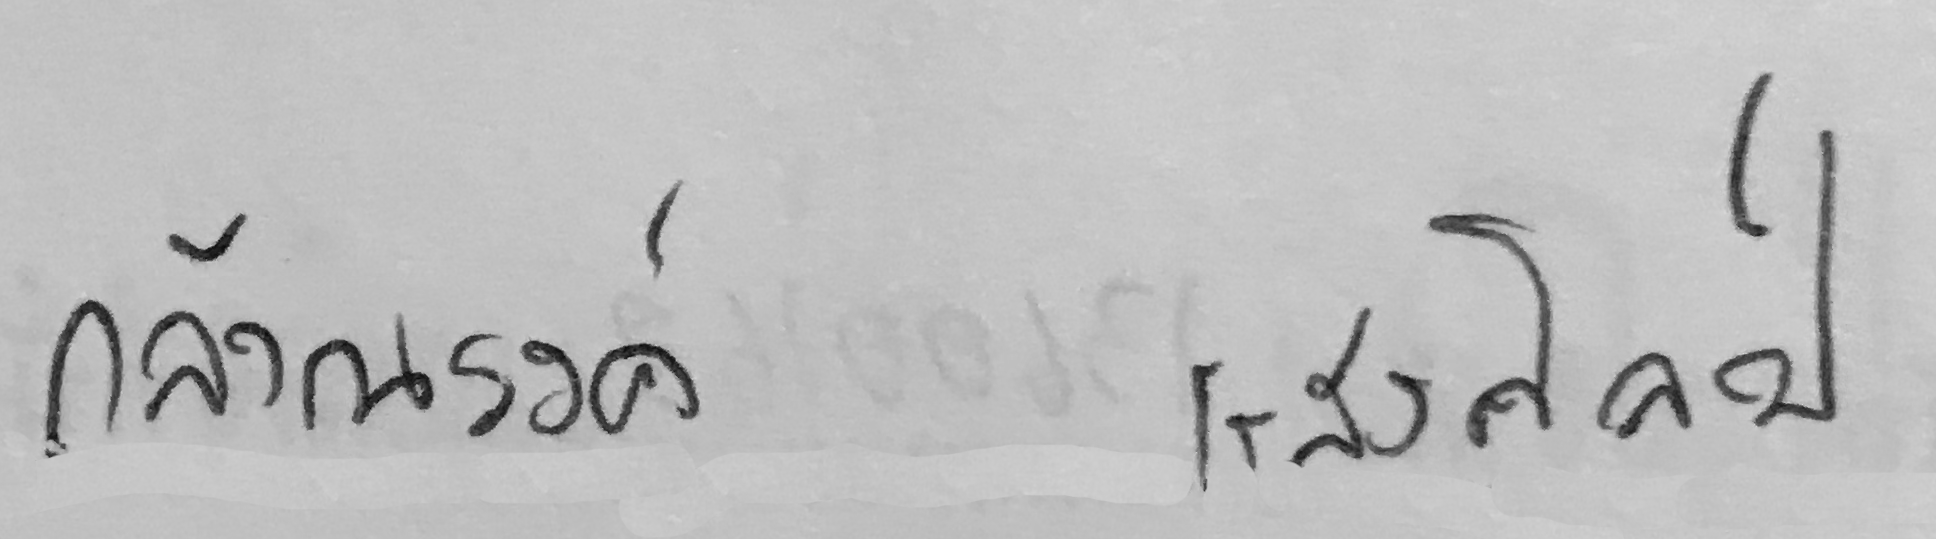
กล้าณรงค์ แสงศิลป์